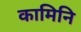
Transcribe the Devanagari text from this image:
कामिनि